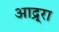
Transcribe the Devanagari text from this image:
आद्र्रा